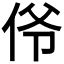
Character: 𫢜